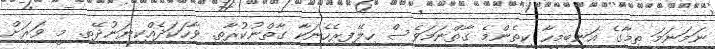
ނަމަނަމަ ތިމާގެ އަނބިމީހާ ކިތެންމެ ގާތްނަމަވެސް ހިލޭފިރެހެނަކާ ގާތްނުކުރާތި. ވާހަކަދެއްކިޔަނުދޭތި. މީ ވަރަށް